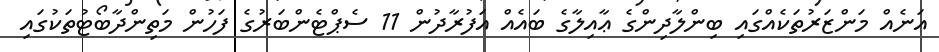
އަނެއް މަންޒަރުތަކެއްގައި ބިންލާދިންގެ ޢާއިލާގެ ބައެއް އަފުރާދުން 11 ސެޕްޓެންބަރުގެ ފަހުން މަތިންދާބޯޓުތަކުގައި